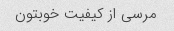
مرسی از کیفیت خوبتون